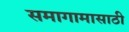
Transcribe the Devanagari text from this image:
समागामासाठी